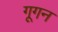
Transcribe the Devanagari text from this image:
गूगन